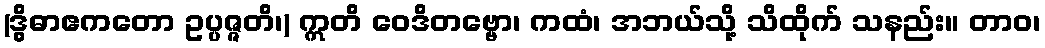
(ဒွိဓာဧကတော ဥပ္ပဇ္ဇတိ၊) ဣတိ ဝေဒိတဗ္ဗော၊ ကထံ၊ အဘယ်သို့ သိထိုက် သနည်း။ တာဝ၊